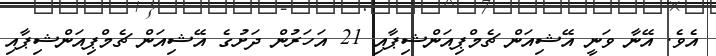
އެވެ. އޭނާ ވަނީ އޭޝިއަން ޗެމްޕިއަންޝިޕާއި 21 އަހަރުން ދަށުގެ އޭޝިއަން ޗެމްޕިއަންޝިޕާއި